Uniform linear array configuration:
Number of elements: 48
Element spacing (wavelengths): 0.5
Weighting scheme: blackman
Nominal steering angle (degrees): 15
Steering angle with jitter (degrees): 16.08
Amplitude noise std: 0.05
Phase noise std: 0.05

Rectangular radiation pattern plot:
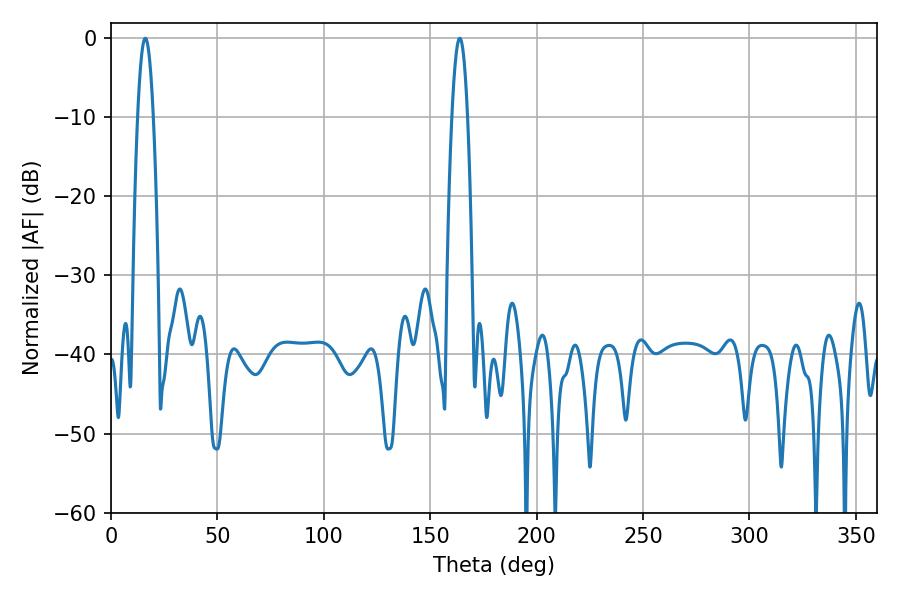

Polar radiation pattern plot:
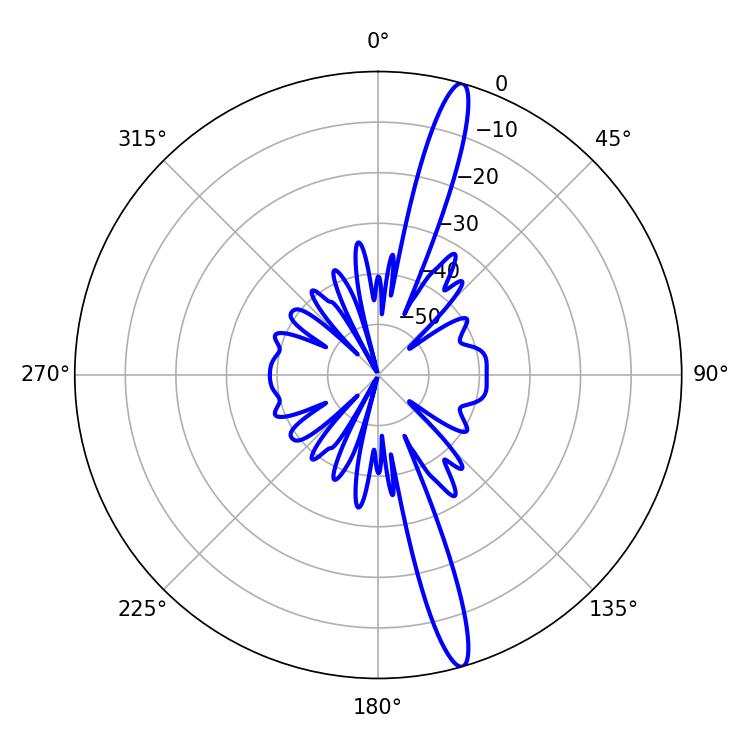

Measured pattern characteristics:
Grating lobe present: FALSE
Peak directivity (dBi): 16.712
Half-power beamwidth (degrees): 3.96
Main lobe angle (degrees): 16.2